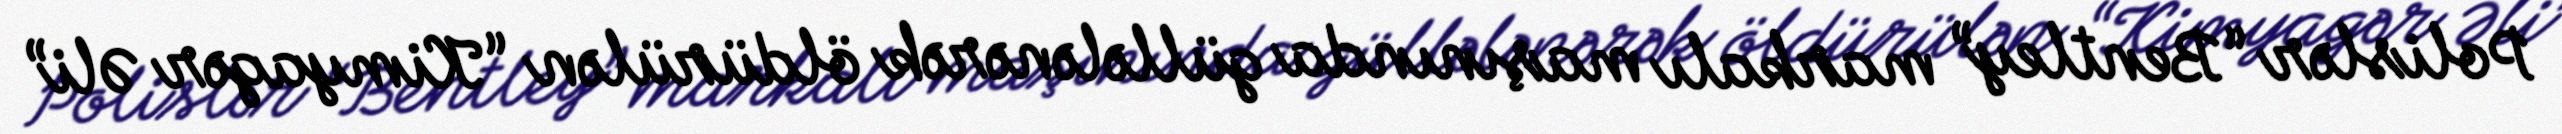
Polislər “Bentley” markalı maşınında güllələnərək öldürülən “Kimyagər Əli”